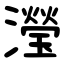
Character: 瀅